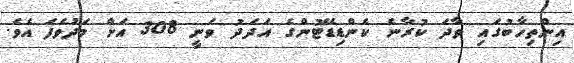
އިންތިހާބުގައި ވާދަ ކުރާނެ ކެންޑިޑޭޓުންގެ އަދަދު ވަނީ 308 އަށް މަދުވެފަ އެވެ.